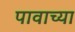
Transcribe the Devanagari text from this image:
पावाच्या